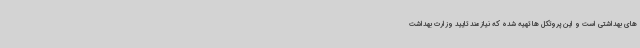
های بهداشتی است و این پروتکل ها تهیه شده که نیازمند تایید وزارت بهداشت